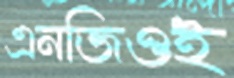
এনজিওই